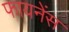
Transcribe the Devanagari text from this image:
फायनेंस